Lunatic asylums United Prov. 1922-30 - 1922-1930
Year: 1922
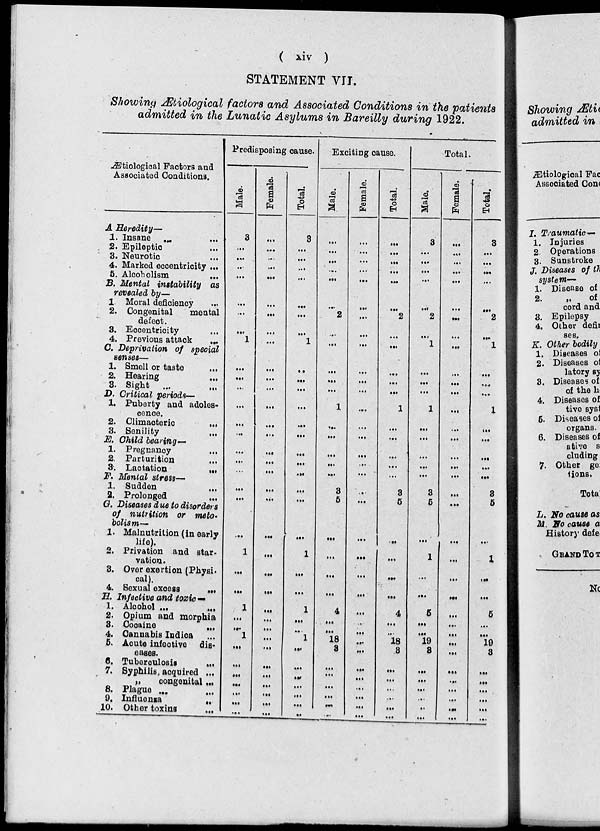
( xiv )
STATEMENT VII.
Showing Ætiological factors and Associated Conditions in the patients
admitted in the Lunatic Asylums in Bareilly during 1922.
Ætiological Factors and
Associated Conditions.
A Heredity—
1. Insane
...
...
2. Epileptic ...
3. Neurotic ...
4. Marked eccentricity ...
5. Alcoholism
...
B. Mental instability as
revealed by—
1 Moral deficiency ...
2. Congenital
mental
defect.
3. Eccentricity ...
4. Previous attack
...
C. Deprivation of special
senses—
1. Smell or taste ...
2. Hearing
...
3. Sight ...
D. Critical periods—
1. Puberty and adoles-
cence.
2. Climacteric
...
3. Senility
...
E. Child bearing—
1. Pregnancy
...
2. Parturition
...
3. Lactation ...
F. Mental stress—
1. Sudden ...
2. Prolonged
...
G. Diseases due to disorders
of nutrition or meto-
bolism—
1. Malnutrition (in early
life).
2. Privation and star-
vation.
3. Over exertion (Physi-
cal).
4. Sexual excess ...
H. Infective and toxic—
1. Alcohol
...
...
2. Opium and morphia
3. Cocaine
...
4. Cannabis Indica ...
5. Acute infective dis-
eases.
6. Tuberculosis
...
7. Syphilis, acquired ...
„
congenital ...
8. Plague ...
9.
Influenza
...
10. Other toxins ...
Predisposing cause.
Male.
3
...
...
...
...
...
...
...
1
...
...
...
...
...
...
...
...
...
...
...
...
1
...
...
1
...
...
1
...
...
...
...
...
...
...
Female.
...
...
...
...
...
...
...
...
...
...
...
...
...
...
...
...
...
...
...
...
...
...
...
...
...
...
...
...
...
...
...
...
...
...
...
Total.
3
...
...
...
...
...
...
...
1
...
...
...
...
...
...
...
...
...
...
...
...
1
...
...
1
...
...
1
...
...
...
...
...
...
...
Exciting cause.
Male.
...
...
...
...
...
...
2
...
...
...
...
...
1
...
...
...
...
...
3
5
...
...
...
...
4
...
...
18
3
...
...
...
...
...
...
Female.
...
...
...
...
...
...
...
...
...
...
...
...
...
...
...
...
...
...
...
...
...
...
...
...
...
...
...
...
...
...
...
...
...
...
...
Total.
...
...
...
...
...
...
2
...
...
...
...
...
1
...
...
...
...
...
3
5
...
...
...
...
4
...
...
18
3
...
...
...
...
...
...
Total.
Male.
3
...
...
...
...
...
2
...
1
...
...
...
1
...
...
...
...
...
3
5
...
1
...
...
5
...
...
19
3
...
...
...
...
...
...
Female.
...
...
...
...
...
...
...
...
...
...
...
...
...
...
...
...
...
...
...
...
...
...
...
...
...
...
...
...
...
...
...
...
...
...
...
Total.
3
...
...
...
...
...
2
...
1
...
...
...
1
...
...
...
...
...
3
5
...
1
...
...
5
...
...
19
3
...
...
...
...
...
...